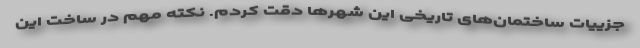
جزییات ساختمان‌های تاریخی این شهرها دقت کردم. نکته مهم در ساخت این